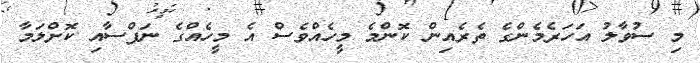
މި ސުވާލު އަހަރެމެންގެ ތެރެއިން ކޮންމެ މީހެއްވެސް އެ މީހެއްގެ ނަފްސާއި ކޮށްލަމާ